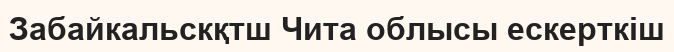
Забайкальскқтш Чита облысы ескерткіш